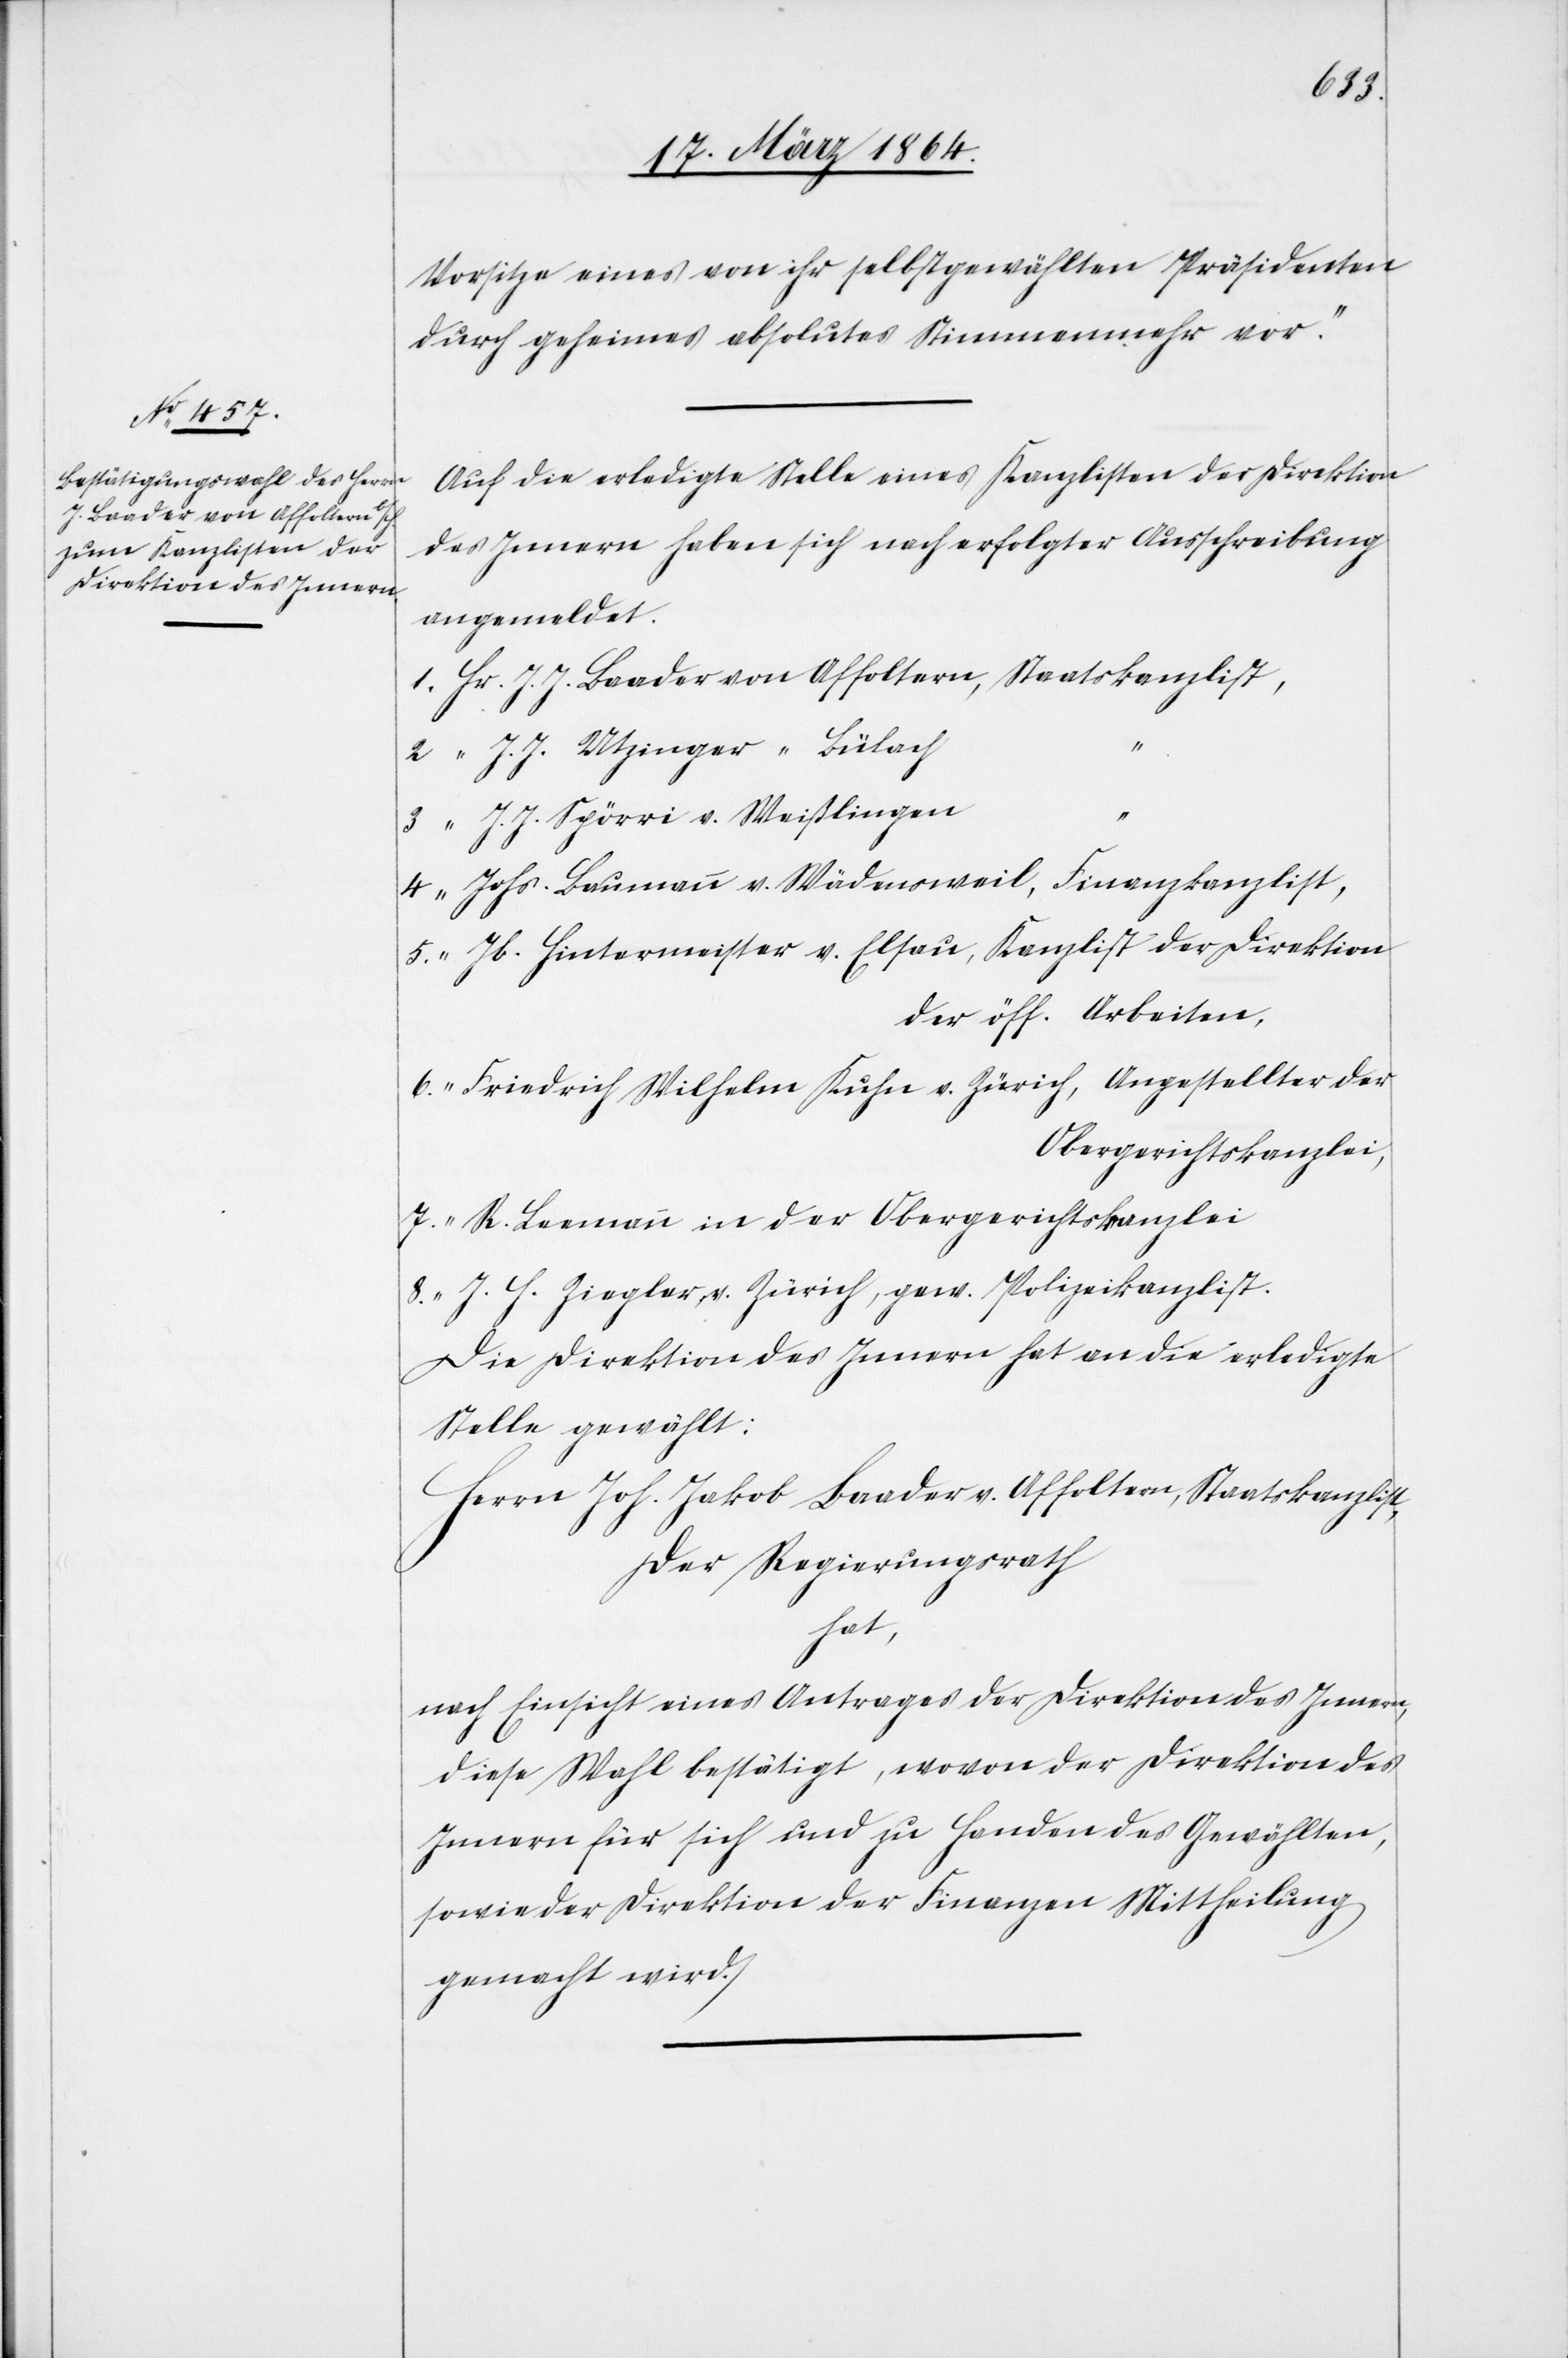
8.
Vorsitze eines von ihr selbstgewählten Präsidenten
durch geheimes absolutes Stimmenmehr vor.“
Auf die erledigte Stelle eines Kanzlisten der Direktion
des Innern haben sich nach erfolgter Ausschreibung
angemeldet.
der öff. Arbeiten,
Obergerichtskanzlei
Die Direktion des Innern hat an die erledigte
Stelle gewählt:
Herrn Joh. Jakob Baader v. Affoltern, Staatskanzlist,
Der Regierungsrath
hat
nach Einsicht eines Antrages der Direktion des Innern,
diese Wahl bestätigt, wovon der Direktion des
Innern für sich und zu Handen des Gewählten,
sowie der Direktion der Finanzen Mittheilung
gemacht wird.